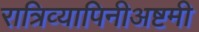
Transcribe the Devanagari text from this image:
रात्रिव्यापिनीअष्टमी